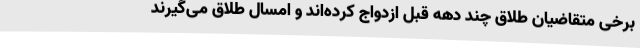
برخی متقاضیان طلاق چند دهه قبل ازدواج کرده‌اند و امسال طلاق می‌گیرند